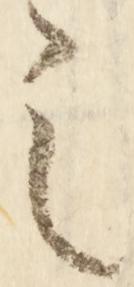
之